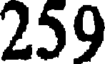
259